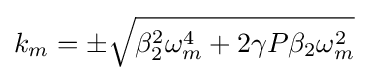
k_{m}=\pm {\sqrt {\beta _{2}^{2}\omega _{m}^{4}+2\gamma P\beta _{2}\omega _{m}^{2}}}